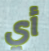
أي